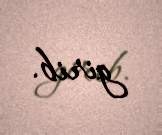
girib.